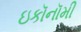
ઇકૉનૉમી